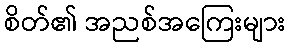
စိတ်၏ အညစ်အကြေးများ